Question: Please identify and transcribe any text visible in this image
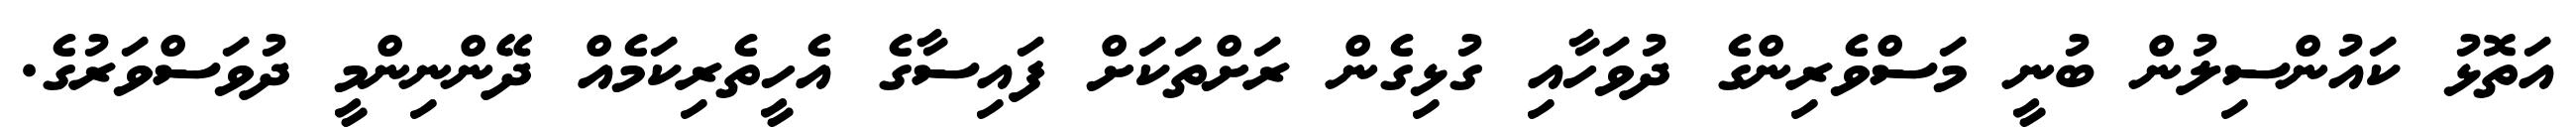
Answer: އަތޮޅު ކައުންސިލުން ބުނީ މަސްވެރިންގެ ދުވަހާއި ގުޅިގެން ރަށްތަކަށް ފައިސާގެ އެހީތެރިކަމެއް ދޭންނިންމީ ދުވަސްވަރުގެ.